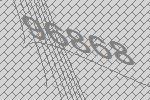
96868